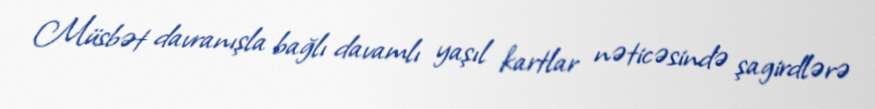
Müsbət davranışla bağlı davamlı yaşıl kartlar nəticəsində şagirdlərə